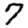
Digit: 7